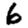
Digit: 6